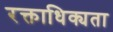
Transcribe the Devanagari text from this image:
रक्ताधिक्यता